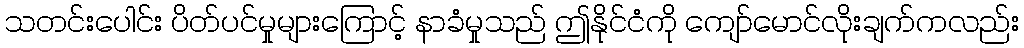
သတင်းပေါင်း ပိတ်ပင်မှုများကြောင့် နာခံမှုသည် ဤနိုင်ငံကို ကျော်မောင်လိုးချက်ကလည်း